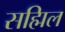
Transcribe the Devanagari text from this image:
सह्मिल